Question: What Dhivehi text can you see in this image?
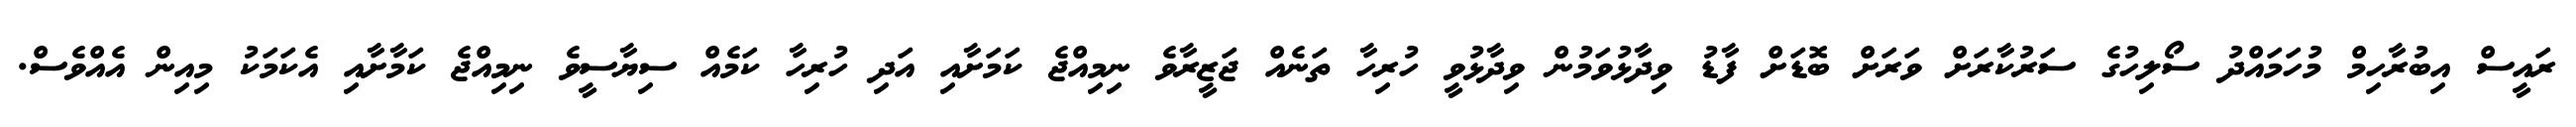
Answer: ރައީސް އިބުރާހިމް މުހަމައްދު ސޯލިހުގެ ސަރުކާރަށް ވަރަށް ބޮޑަށް ފާޑު ވިދާޅުވަމުން ވިދާޅުވީ ހުރިހާ ތަނެއް ޖަޒީރާވެ ނިމިއްޖެ ކަމަށާއި އަދި ހުރިހާ ކަމެއް ސިޔާސީވެ ނިމިއްޖެ ކަމާށާއި އެކަމަކު މިއިން އެއްވެސް.